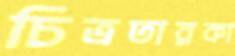
চিত্রতারকা